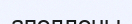
аполлоны